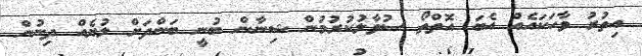
އިތުރު ވާހަކައެއް އެބަ އޮތްތޯ ސުވާލުކުރުމުން ޝިނާން ބުނީ ބަންދަށް ލުޔެއް ދިނުން